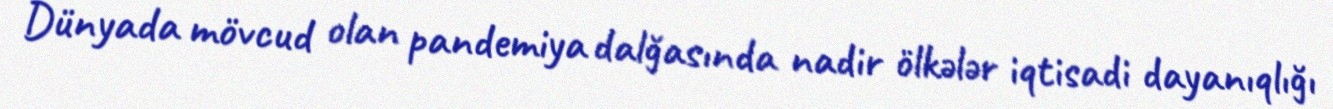
Dünyada mövcud olan pandemiya dalğasında nadir ölkələr iqtisadi dayanıqlığı